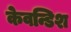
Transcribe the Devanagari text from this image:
केवन्डिश